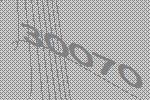
30070